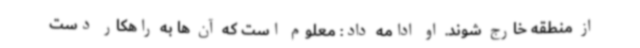
از منطقه خارج شوند. او ادامه داد: معلوم است که آن ها به راهکار دست